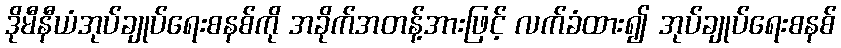
ဒိုမီနီယံအုပ်ချုပ်ရေးစနစ်ကို အခိုက်အတန့်အားဖြင့် လက်ခံထား၍ အုပ်ချုပ်ရေးစနစ်